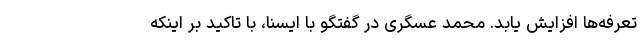
تعرفه‌ها افزایش یابد. محمد عسگری در گفتگو با ایسنا، با تاکید بر اینکه